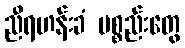
ညီရဟန်းခံ ပစ္စည်းတွေ